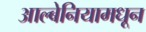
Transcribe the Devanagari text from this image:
आल्बेनियामधून